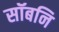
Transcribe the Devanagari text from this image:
सॉबनि